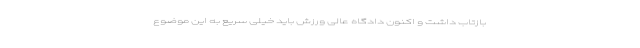
بازتاب داشت و اکنون دادگاه عالی ورزش باید خیلی سریع به این موضوع